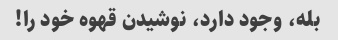
بله، وجود دارد، نوشیدن قهوه خود را!